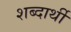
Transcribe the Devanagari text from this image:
शब्दार्थी